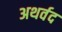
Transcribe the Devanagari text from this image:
अथर्वद